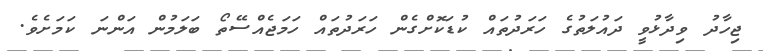
ޖިހާދު ވިދާޅުވީ ދައުލަތުގެ ހަރަދުތައް ކުޑަކޮށްގެން ހަރަދުތައް ހަމަޖެއްސޭތޯ ބަލަމުން އަންނަ ކަމަށެވެ.